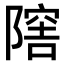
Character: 𨼈